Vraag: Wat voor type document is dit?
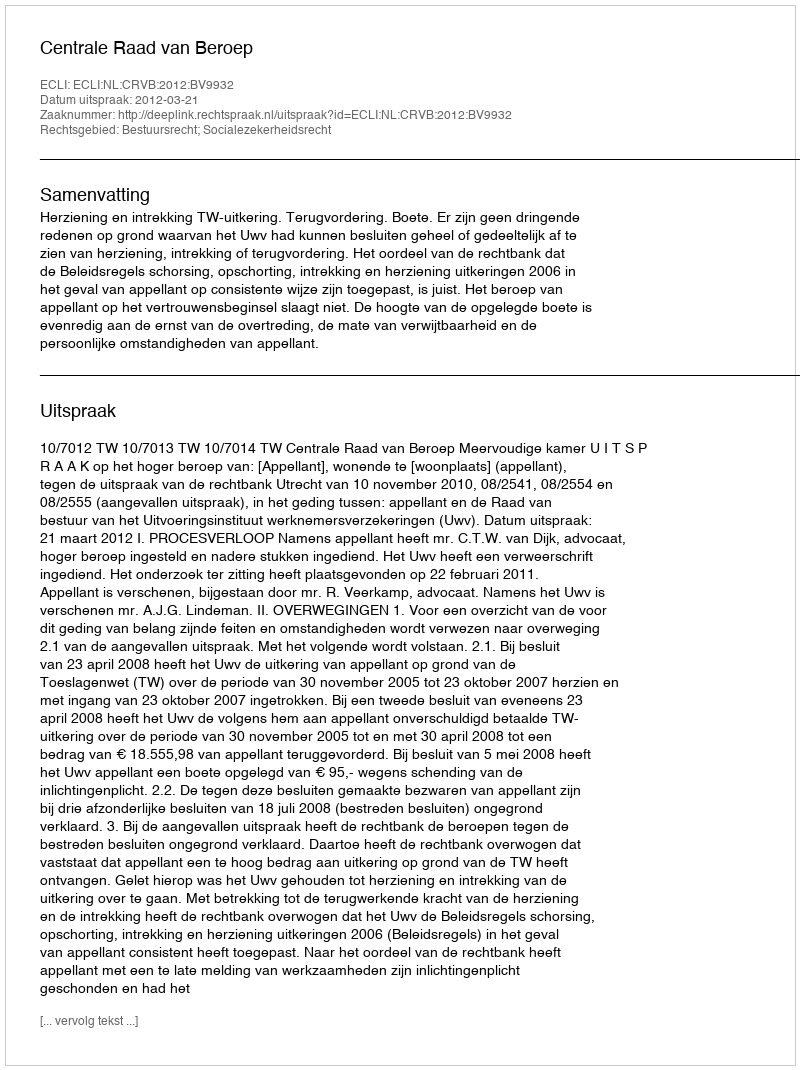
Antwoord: Uitspraak